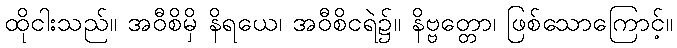
ထိုငါးသည်။ အဝီစိမှိ နိရယေ၊ အဝီစိငရဲ၌။ နိဗ္ဗတ္တော၊ ဖြစ်သောကြောင့်။